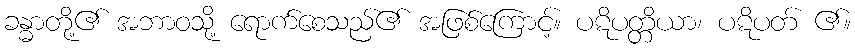
ခန္ဓာတို့၏ အဘာဝသို့ ရောက်စေသည်၏ အဖြစ်ကြောင့်။ ပဋိပတ္တိယာ၊ ပဋိပတ် ၏။